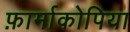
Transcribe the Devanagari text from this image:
फ़ार्माकोपिया